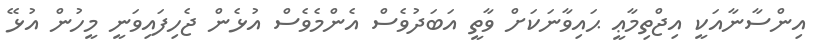
އިންސާނާއަކީ އިޖްތިމާޢީ ޙައިވާނަކަށް ވާތީ އަބަދުވެސް އެންމެވެސް އުޅެން ޖެހިފައިވަނީ މީހުން އުޅޭ